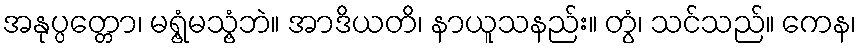
အနုပ္ပတ္တော၊ မရွံ့မသွံ့ဘဲ။ အာဒိယတိ၊ နာယူသနည်း။ တွံ၊ သင်သည်။ ကေန၊